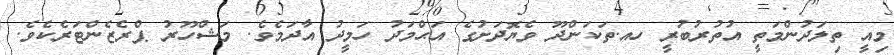
މިއީ ތިލަދުންމަތީ އުތުރުބުރީ ހއ.ތަކަންދޫ ވެޔޮދަށުގެ އަޙްމަދު ހަމީދު އާދަމެވެ. މަޝްހޫރު ޕްރެޒެންޓަރެކެވެ.